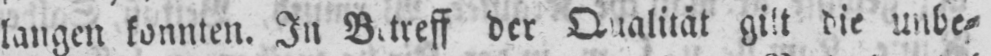
langen konnten. In Betreff der Qualität gilt die unbe⸗